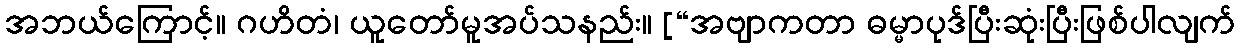
အဘယ်ကြောင့်။ ဂဟိတံ၊ ယူတော်မူအပ်သနည်း။ [“အဗျာကတာ ဓမ္မာပုဒ်ပြီးဆုံးပြီးဖြစ်ပါလျက်